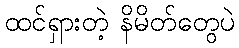
ထင်ရှားတဲ့ နိမိတ်တွေပဲ